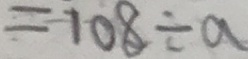
= 1 0 8 \div a